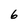
Character: 6